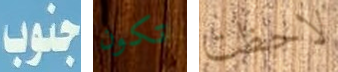
جنوب تكون لاحظت